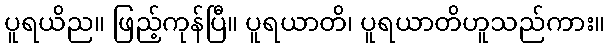
ပူရယိည။ ဖြည့်ကုန်ပြီ။ ပူရယာတိ၊ ပူရယာတိဟူသည်ကား။